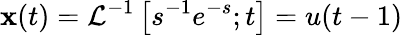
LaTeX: \mathbf{x}(t)=\mathcal{{L}}^{-1}\left[s^{-1}{e^{-s}};t\right]=u(t-1)